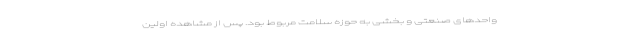
واحد‌های صنعتی و بخشی به حوزه سلامت مربوط بود. پس از مشاهده اولین